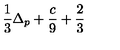
\frac { 1 } { 3 } \Delta _ { p } + \frac { c } { 9 } + \frac { 2 } { 3 }